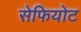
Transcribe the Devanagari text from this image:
सेफियोट